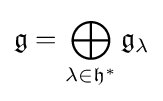
{\mathfrak {g}}=\bigoplus _{\lambda \in {\mathfrak {h}}^{*}}{\mathfrak {g}}_{\lambda }